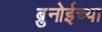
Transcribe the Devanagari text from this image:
ब्रुनोईच्या